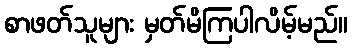
စာဖတ်သူများ မှတ်မိကြပါလိမ့်မည်။